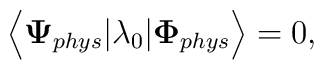
{\bf \Big<}{\bf\Psi}_{phys}|\lambda_0|{\bf \Phi}_{phys}{\bf \Big>}=0,